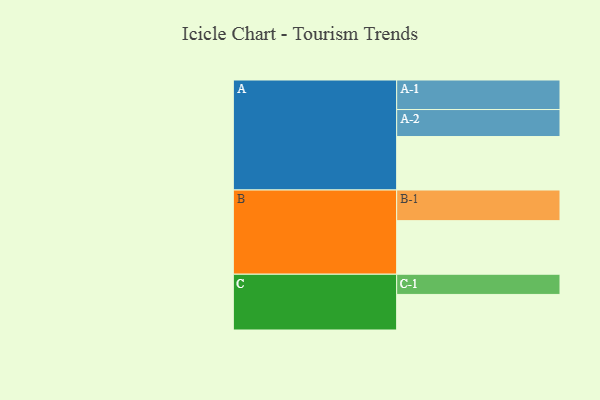
{"axis": {"x": "Segment", "y": "Value"}, "legend": ["", "A", "B", "C"], "data": [{"x": "A", "y": 487, "type": ""}, {"x": "B", "y": 488, "type": ""}, {"x": "C", "y": 324, "type": ""}, {"x": "A-1", "y": 269, "type": "A"}, {"x": "A-2", "y": 246, "type": "A"}, {"x": "B-1", "y": 279, "type": "B"}, {"x": "C-1", "y": 184, "type": "C"}]}